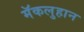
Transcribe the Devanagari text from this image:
मॅकलुहान